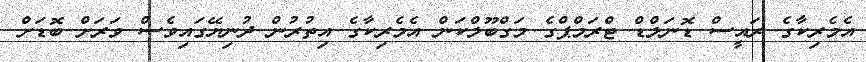
އެމެރިކާގެ ރައީސް ޑޮނަލްޑް ޓްރަމްޕްގެ މަގްބޫލްކަން އެމެރިކާގެ އިތުރުން ދުނިޔޭގައިވެސް ވަރަށް ބޮޑަށް